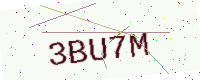
Text: 3BU7M